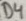
Text: D4